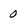
Character: 0